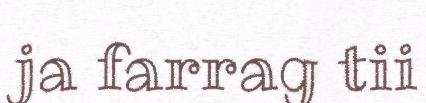
ja farrag tii